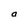
Character: a